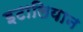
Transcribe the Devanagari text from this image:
इटालियान